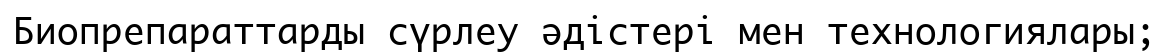
Биопрепараттарды сүрлеу әдістері мен технологиялары;